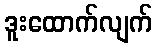
ဒူးထောက်လျက်